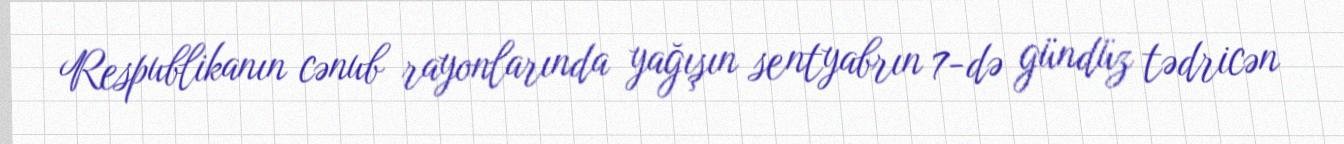
Respublikanın cənub rayonlarında yağışın sentyabrın 7-də gündüz tədricən